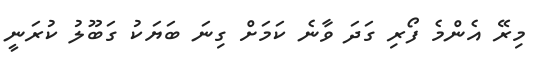
މިރޭ އެންމެ ފޯރި ގަދަ ވާނެ ކަމަށް ގިނަ ބަޔަކު ގަބޫލު ކުރަނީ